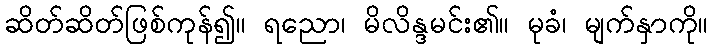
ဆိတ်ဆိတ်ဖြစ်ကုန်၍။ ရညော၊ မိလိန္ဒမင်း၏။ မုခံ၊ မျက်နှာကို။